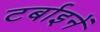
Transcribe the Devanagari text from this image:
टर्बाइनें